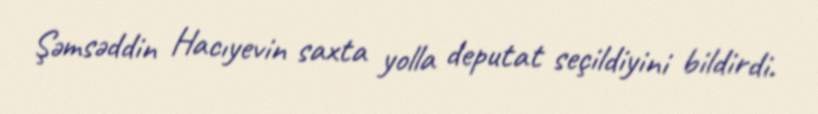
Şəmsəddin Hacıyevin saxta yolla deputat seçildiyini bildirdi.